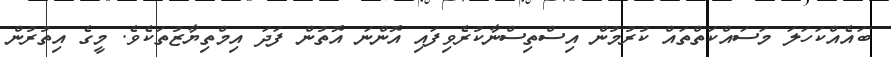
ބައެއްކަހަލަ މަސައްކަތްތައް ކުރުމުން އިސްތިސްނާކުރެވިފައި އޮންނަ އޮތުން ފަދަ އިމްތިޔާޒުތަކެވެ. މީގެ އިތުރުން